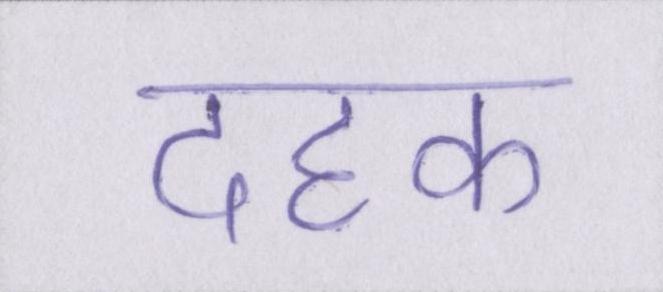
दहक